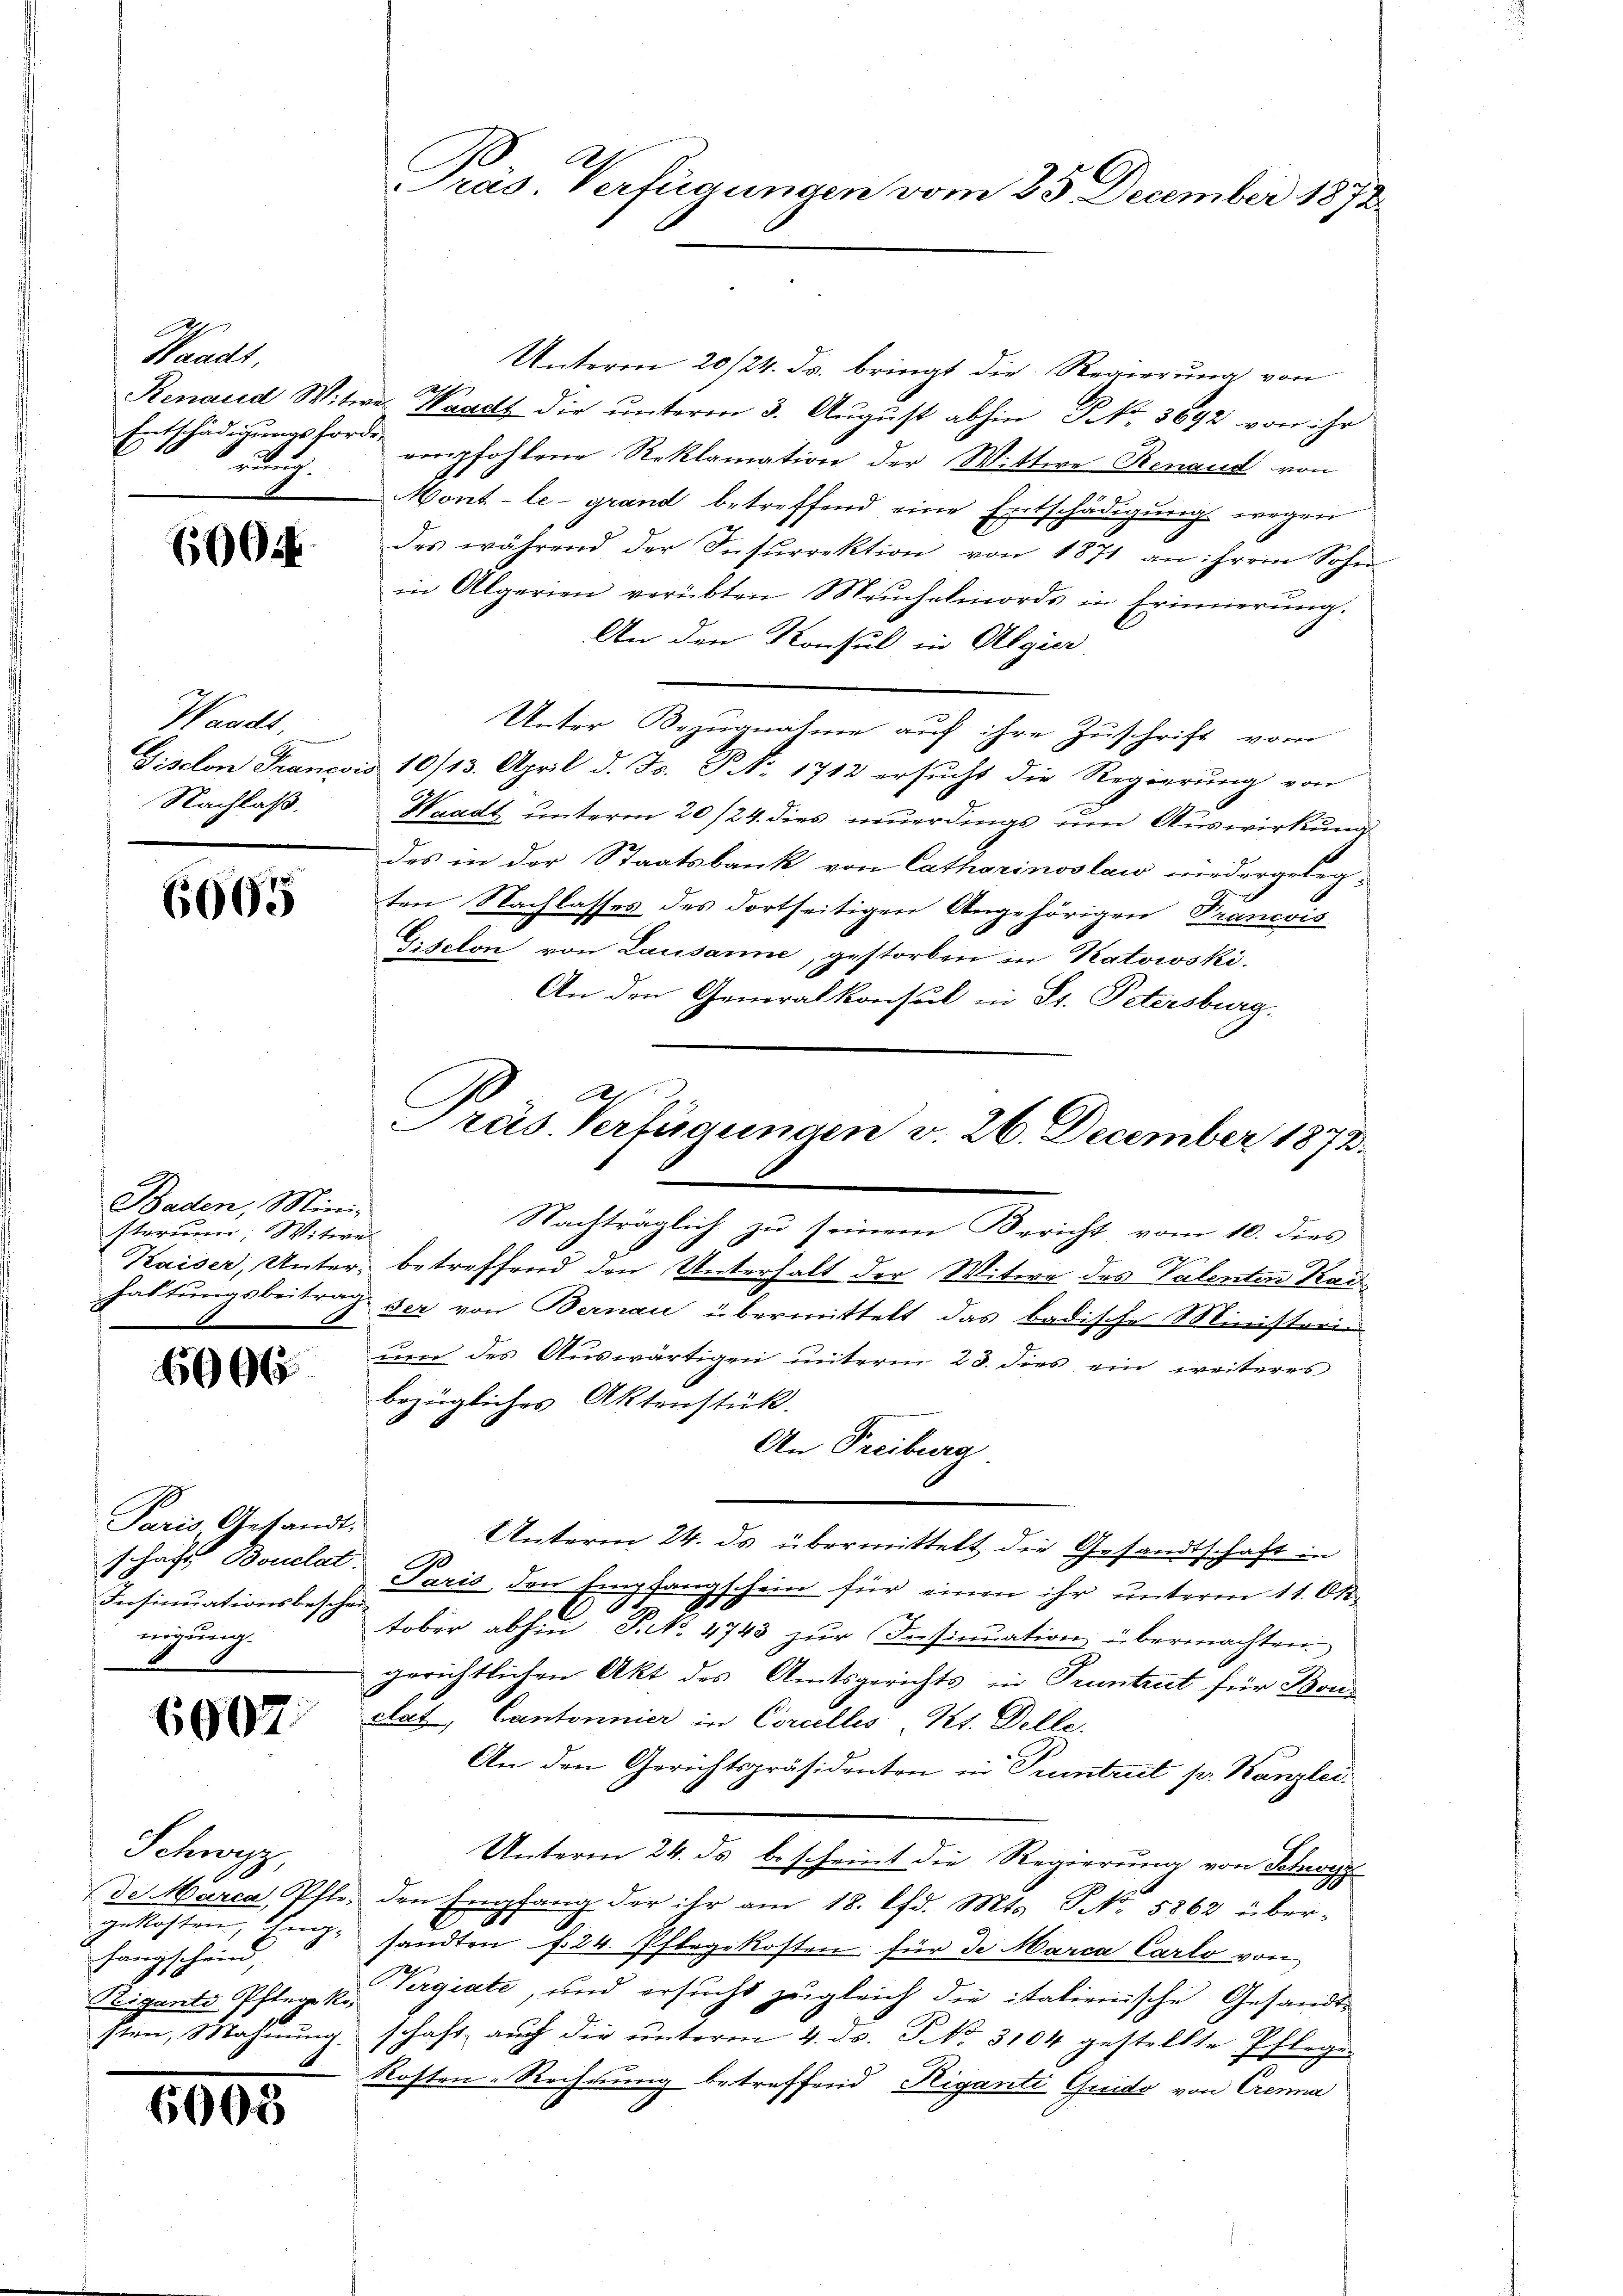
Waadt
Renaud Witter
Entschädigungsford
uch.

6004

Waadt
Giselon Franc
Nachlaß.

6065

Baden, Mini-
sterium. Witwe
Kaiser, Unter-
haltungsbeitrag
.

6006

Paris Gesandt.
schafte Borelat
Insinuationsbesche
nigung.

6007.

Schwyz
de Marca, Pkt.
geklagten, Einz
hangschein,
Rigants Pflege.
sten, Mahnung
4.

6003

Pras. Verfügungen vom 25. December 1873.

Unterm 20/24. ds. bringt die Regierung von
u. Waadt die unterm 3. August abhin Frk. 3692 von ihr
2
empfohlene Reklamation der Wittwe Renaud von
Mont-le- grand betreffend eine Entschädigung wegen
des während der Insŭrrektion von 1871 an ihrem Sohn
in Algerien verübten Meuchelmords in Erinnerung.
An den Konsul in Algier
Unter Bezugnahme auf ihre Zuschrift vom
§. 10/13. April d. Js. S. 1712 ersucht die Regierung von
Waadt unterm 20/24. dies neuerdings um Auswirkung
des in der Staatsbank von Cathorinoslaw niedergeleg-
ten Nachlasses des dortseitigen Angehörigen Trancois
Pitclon von Lausanne, gestorben in Katowski.
An den Generalkonsul in St. Petersburg
betreffend den Unterhalt der Witwe des Valenten Kadser von Bernau übermittelt das badische Ministerin
ŭm des Auswärtigen unterm 23. dies ein weiteres
bezügliches Aktenstük.
An Freiburg
Unterm 24. ds übermittelt die Gesandtschaft in
Paris den Empfangschein für einen ihr unterm 11. Oktober abhin Frk. 4743 zŭr Insinuation übermachten
gerichtlichen Akt des Amtsgerichts in Pruntrut für Bonctat, Cantonnier in Corcelles Kt. Delle.
An den Gerichtspräsidenten in Pruntrut pr. Kanzlei.
Unterm 24. ds bescheint die Regierung von Schwyz
den Empfang der ihr am 18. Chd. Mts. S No. 5862 über-
.
sandten f. 24. Pflegekosten für de Marca Carlo von
Vergiate, und ersucht zugleich die italienische Gesandt-
schaft auch die unterm 4. ds. P. No. 3104 gestellte Pflegen
Kosten-Rechnung betreffend Riganti Quito von Crenna

A
Pras Verfügungen v. 26. December 1872.
Nachträglich zu seinem Bericht vom 10. dies